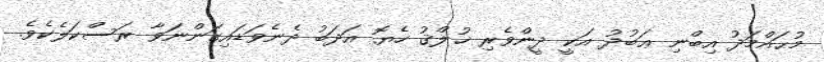
މުޙައްމަދު އިބްނި ޢަބުދު އަކީ ދީންވެރި ޚުލްޤު ހެޔޮ އަދަބު ދެނެވަޑައިގަންނަވާ ރަސްކަލެކެވެ.